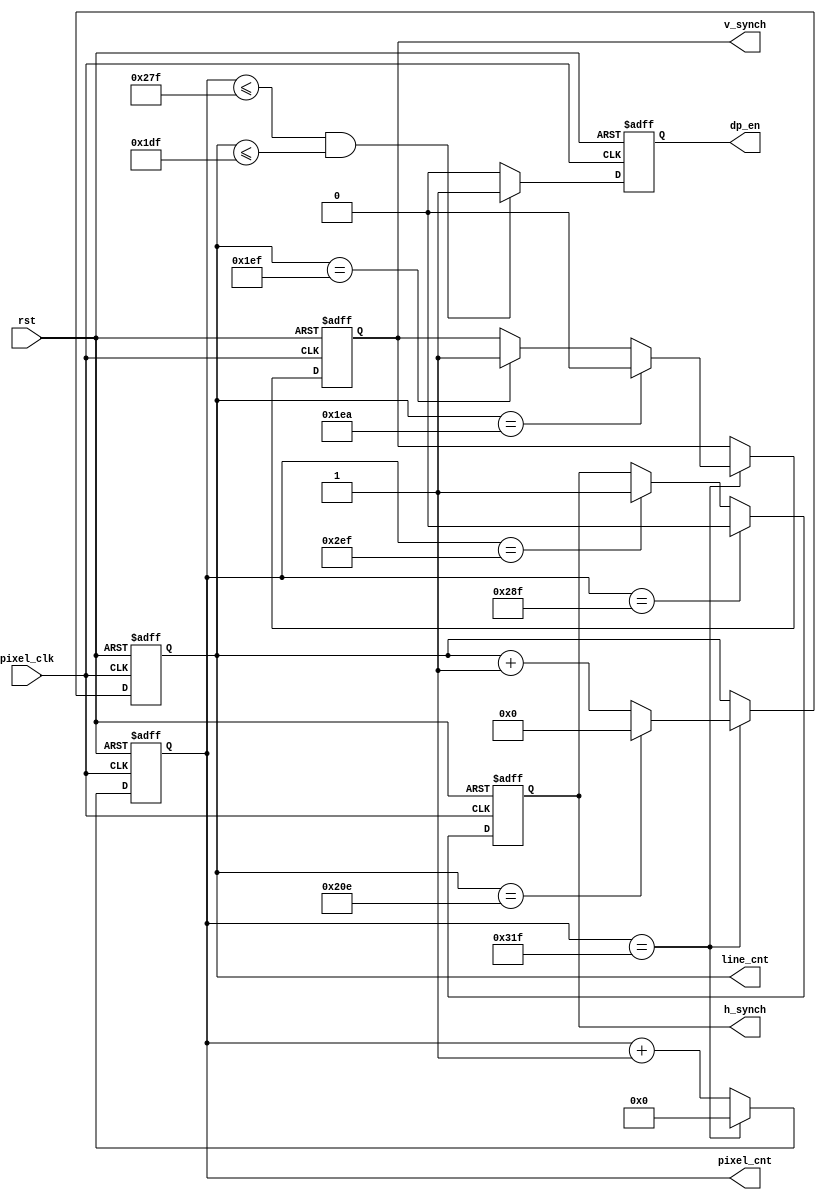
/*
		description:	
					used for vga sync signal ctrl.
					1024*768 @ 60Hz
	
		author:		Chris Wang

*/
	`define		vga_640_480
	//`define vga_1024_768
	//`define		vga_1368_768
/****************************************************/	
	 `ifdef   	vga_640_480
	//define the characters of 640*480	@	60Hz with 65MHz pxiel clock
	//actually we need : 1344*806	@	60Hz
	`define H_ACTIVE 640
	`define H_FRONT_PROCH 16
	`define H_SYNCH 96
	`define H_BACK_PROCH 48
	`define H_TOTAL (`H_SYNCH + `H_BACK_PROCH + `H_ACTIVE + `H_FRONT_PROCH)

	`define V_ACTIVE 480
	`define V_FRONT_PROCH 11
	`define V_SYNCH 5
	`define V_BACK_PROCH 31
	`define V_TOTAL (`V_SYNCH + `V_BACK_PROCH + `V_ACTIVE + `V_FRONT_PROCH)
	  `endif

	  `ifdef   vga_1024_768
	//define the characters of 1024*768	@	60Hz with 65MHz pxiel clock
	//actually we need : 1344*806	@	60Hz
	`define H_ACTIVE 1024
	`define H_FRONT_PROCH 24
	`define H_SYNCH 136
	`define H_BACK_PROCH 160
	`define H_TOTAL (`H_SYNCH + `H_BACK_PROCH + `H_ACTIVE + `H_FRONT_PROCH)

	`define V_ACTIVE 768
	`define V_FRONT_PROCH 3
	`define V_SYNCH 6
	`define V_BACK_PROCH 29
	`define V_TOTAL (`V_SYNCH + `V_BACK_PROCH + `V_ACTIVE + `V_FRONT_PROCH)
	  `endif

	  `ifdef   vga_1368_768
	//define the characters of 1368*768	@	60Hz with 65MHz pxiel clock
	//actually we need : 1344*806	@	60Hz
	`define H_ACTIVE 1368
	`define H_FRONT_PROCH 72
	`define H_SYNCH 144
	`define H_BACK_PROCH 216
	`define H_TOTAL (`H_SYNCH + `H_BACK_PROCH + `H_ACTIVE + `H_FRONT_PROCH)

	`define V_ACTIVE 768
	`define V_FRONT_PROCH 1
	`define V_SYNCH 3
	`define V_BACK_PROCH 23
	`define V_TOTAL (`V_SYNCH + `V_BACK_PROCH + `V_ACTIVE + `V_FRONT_PROCH)
	  `endif
/****************************************************/	
module vga_ctrl(
	input pixel_clk ,
	input rst ,
	output reg h_synch, v_synch ,
	output reg dp_en ,
	output reg [9:0] line_cnt ,
	output reg [10:0] pixel_cnt
	);

/*
	notes: use 2 counters, one of them is used for  recording the H clocks,
			the other is used for recording the number of H.	 
*/
always @(posedge pixel_clk or posedge rst) begin
	if (rst) begin
		// reset
		pixel_cnt	<=	0 ;
	end
	else if (pixel_cnt	==	(`H_TOTAL - 1)) begin
		pixel_cnt	<=  0 ;
	end
	else 	pixel_cnt <= pixel_cnt + 1 ;
end

always @(posedge pixel_clk or posedge rst) begin
	if (rst) begin
		// reset
		line_cnt	<=	0 ;
	end
	else if (pixel_cnt	==	(`H_TOTAL-1)) begin
		if( line_cnt	==	(`V_TOTAL-1))
			line_cnt 	<= 0 ;
		else line_cnt	<=  line_cnt + 1 ;
	end
end
//	high_level synthesis, >= or <= is not advised typically 
always @(posedge pixel_clk or posedge rst) begin
	if (rst) begin
		// reset
		dp_en <= 0 ; 
	end
	else if (pixel_cnt <= (`H_ACTIVE-1)	
			&
			(line_cnt <= (`V_ACTIVE - 1))	) begin
			dp_en <= 1 ;
	end
	else 	dp_en <= 0 ; 
end
//generate h_synch
always @(posedge pixel_clk or posedge rst) begin
	if (rst) begin
		// reset
		h_synch <= 1 ;
	end
	else if (pixel_cnt	==	(`H_ACTIVE + `H_FRONT_PROCH -1)) begin
		h_synch <= 0 ;
	end
		else if (pixel_cnt	==	(`H_ACTIVE + `H_FRONT_PROCH +`H_SYNCH-1)) begin
		h_synch <= 1 ;
	end
end
//generate v_synch
always @(posedge pixel_clk or posedge rst) begin
	if (rst) begin
		// reset
		v_synch <= 1 ;
	end
	else if (pixel_cnt	==	(`H_TOTAL -1)) begin
		 if (line_cnt	==	(`V_ACTIVE + `V_FRONT_PROCH-1)) begin
			v_synch <= 0 ;
		end
		 else if (line_cnt	==	(`V_ACTIVE + `V_FRONT_PROCH +`V_SYNCH-1)) begin
			v_synch <= 1 ;
		end
	end
end

endmodule